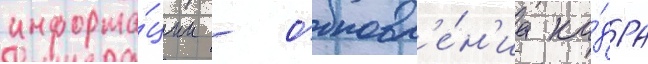
информа́ции - обновл'е́н'иа ка́дра